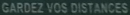
GARDEZ VOS DISTANCES